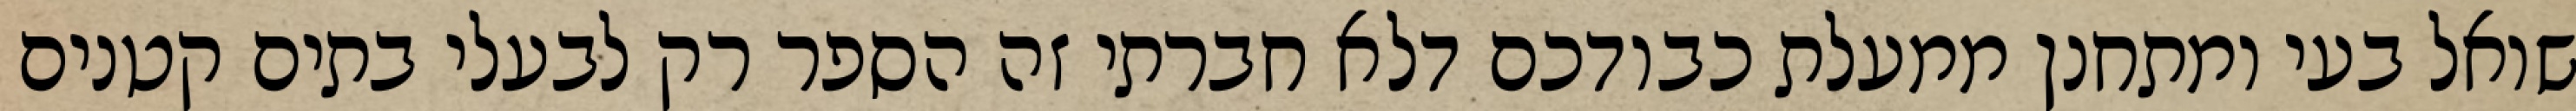
שואל בעי ומתחנן ממעלת כבודכם דלא חברתי זה הספר רק לבעלי בתים קטנים